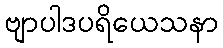
ဗျာပါဒပရိယေသနာ